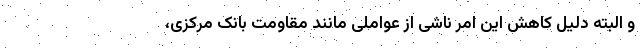
و البته دلیل کاهش این امر ناشی از عواملی مانند مقاومت بانک مرکزی،